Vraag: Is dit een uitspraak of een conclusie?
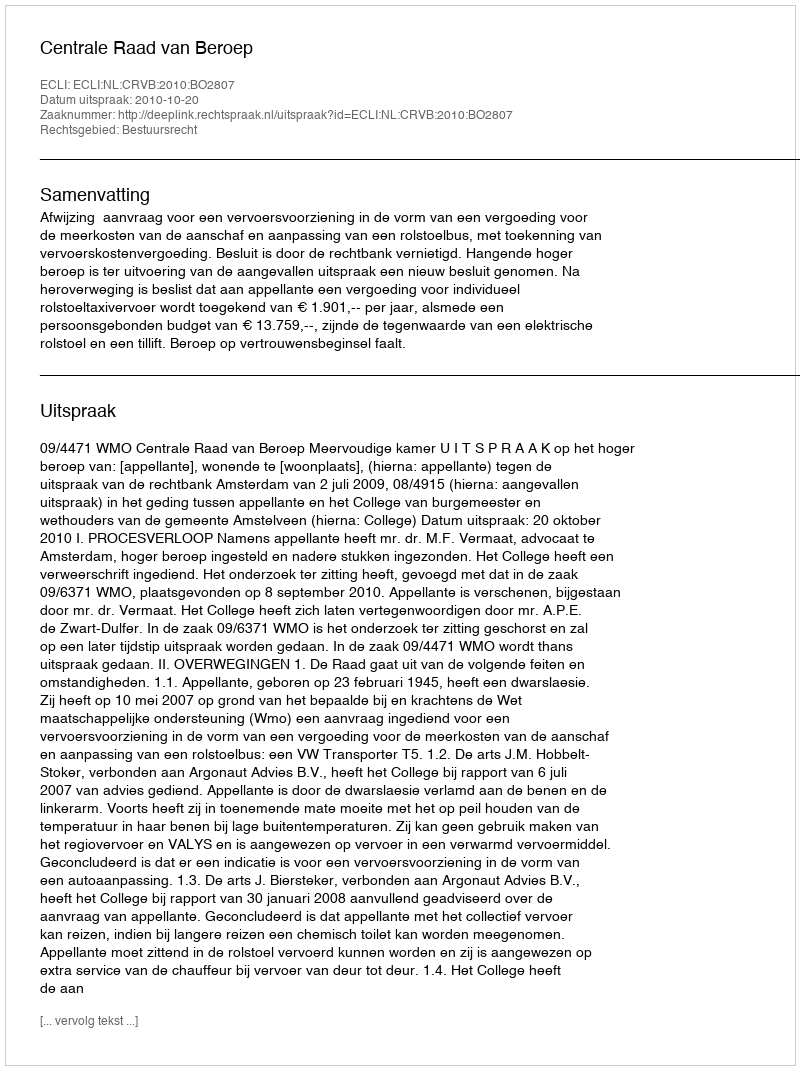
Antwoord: Uitspraak